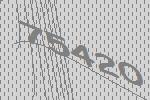
75420